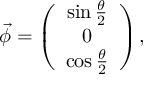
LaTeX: \vec { \phi } = \left( \begin{array} { c } { { \sin \frac { \theta } { 2 } } } \\ { { 0 } } \\ { { \cos \frac { \theta } { 2 } } } \end{array} \right) ,